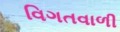
વિગતવાળી